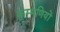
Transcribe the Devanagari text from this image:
कुम्मणियों